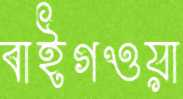
বাইগওয়া